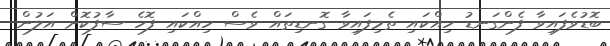
ބޮޑުވެފައިވާ ފެންގަނޑު ހިއްކައި ތެމިފައިވާ ގޮނޑިތައް ވެސް ހިއްކައި ފޮހެ ސާފުކޮށް އަލުން